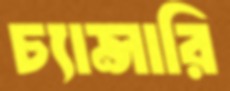
চ্যান্সারি